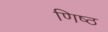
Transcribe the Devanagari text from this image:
णिष्ठ